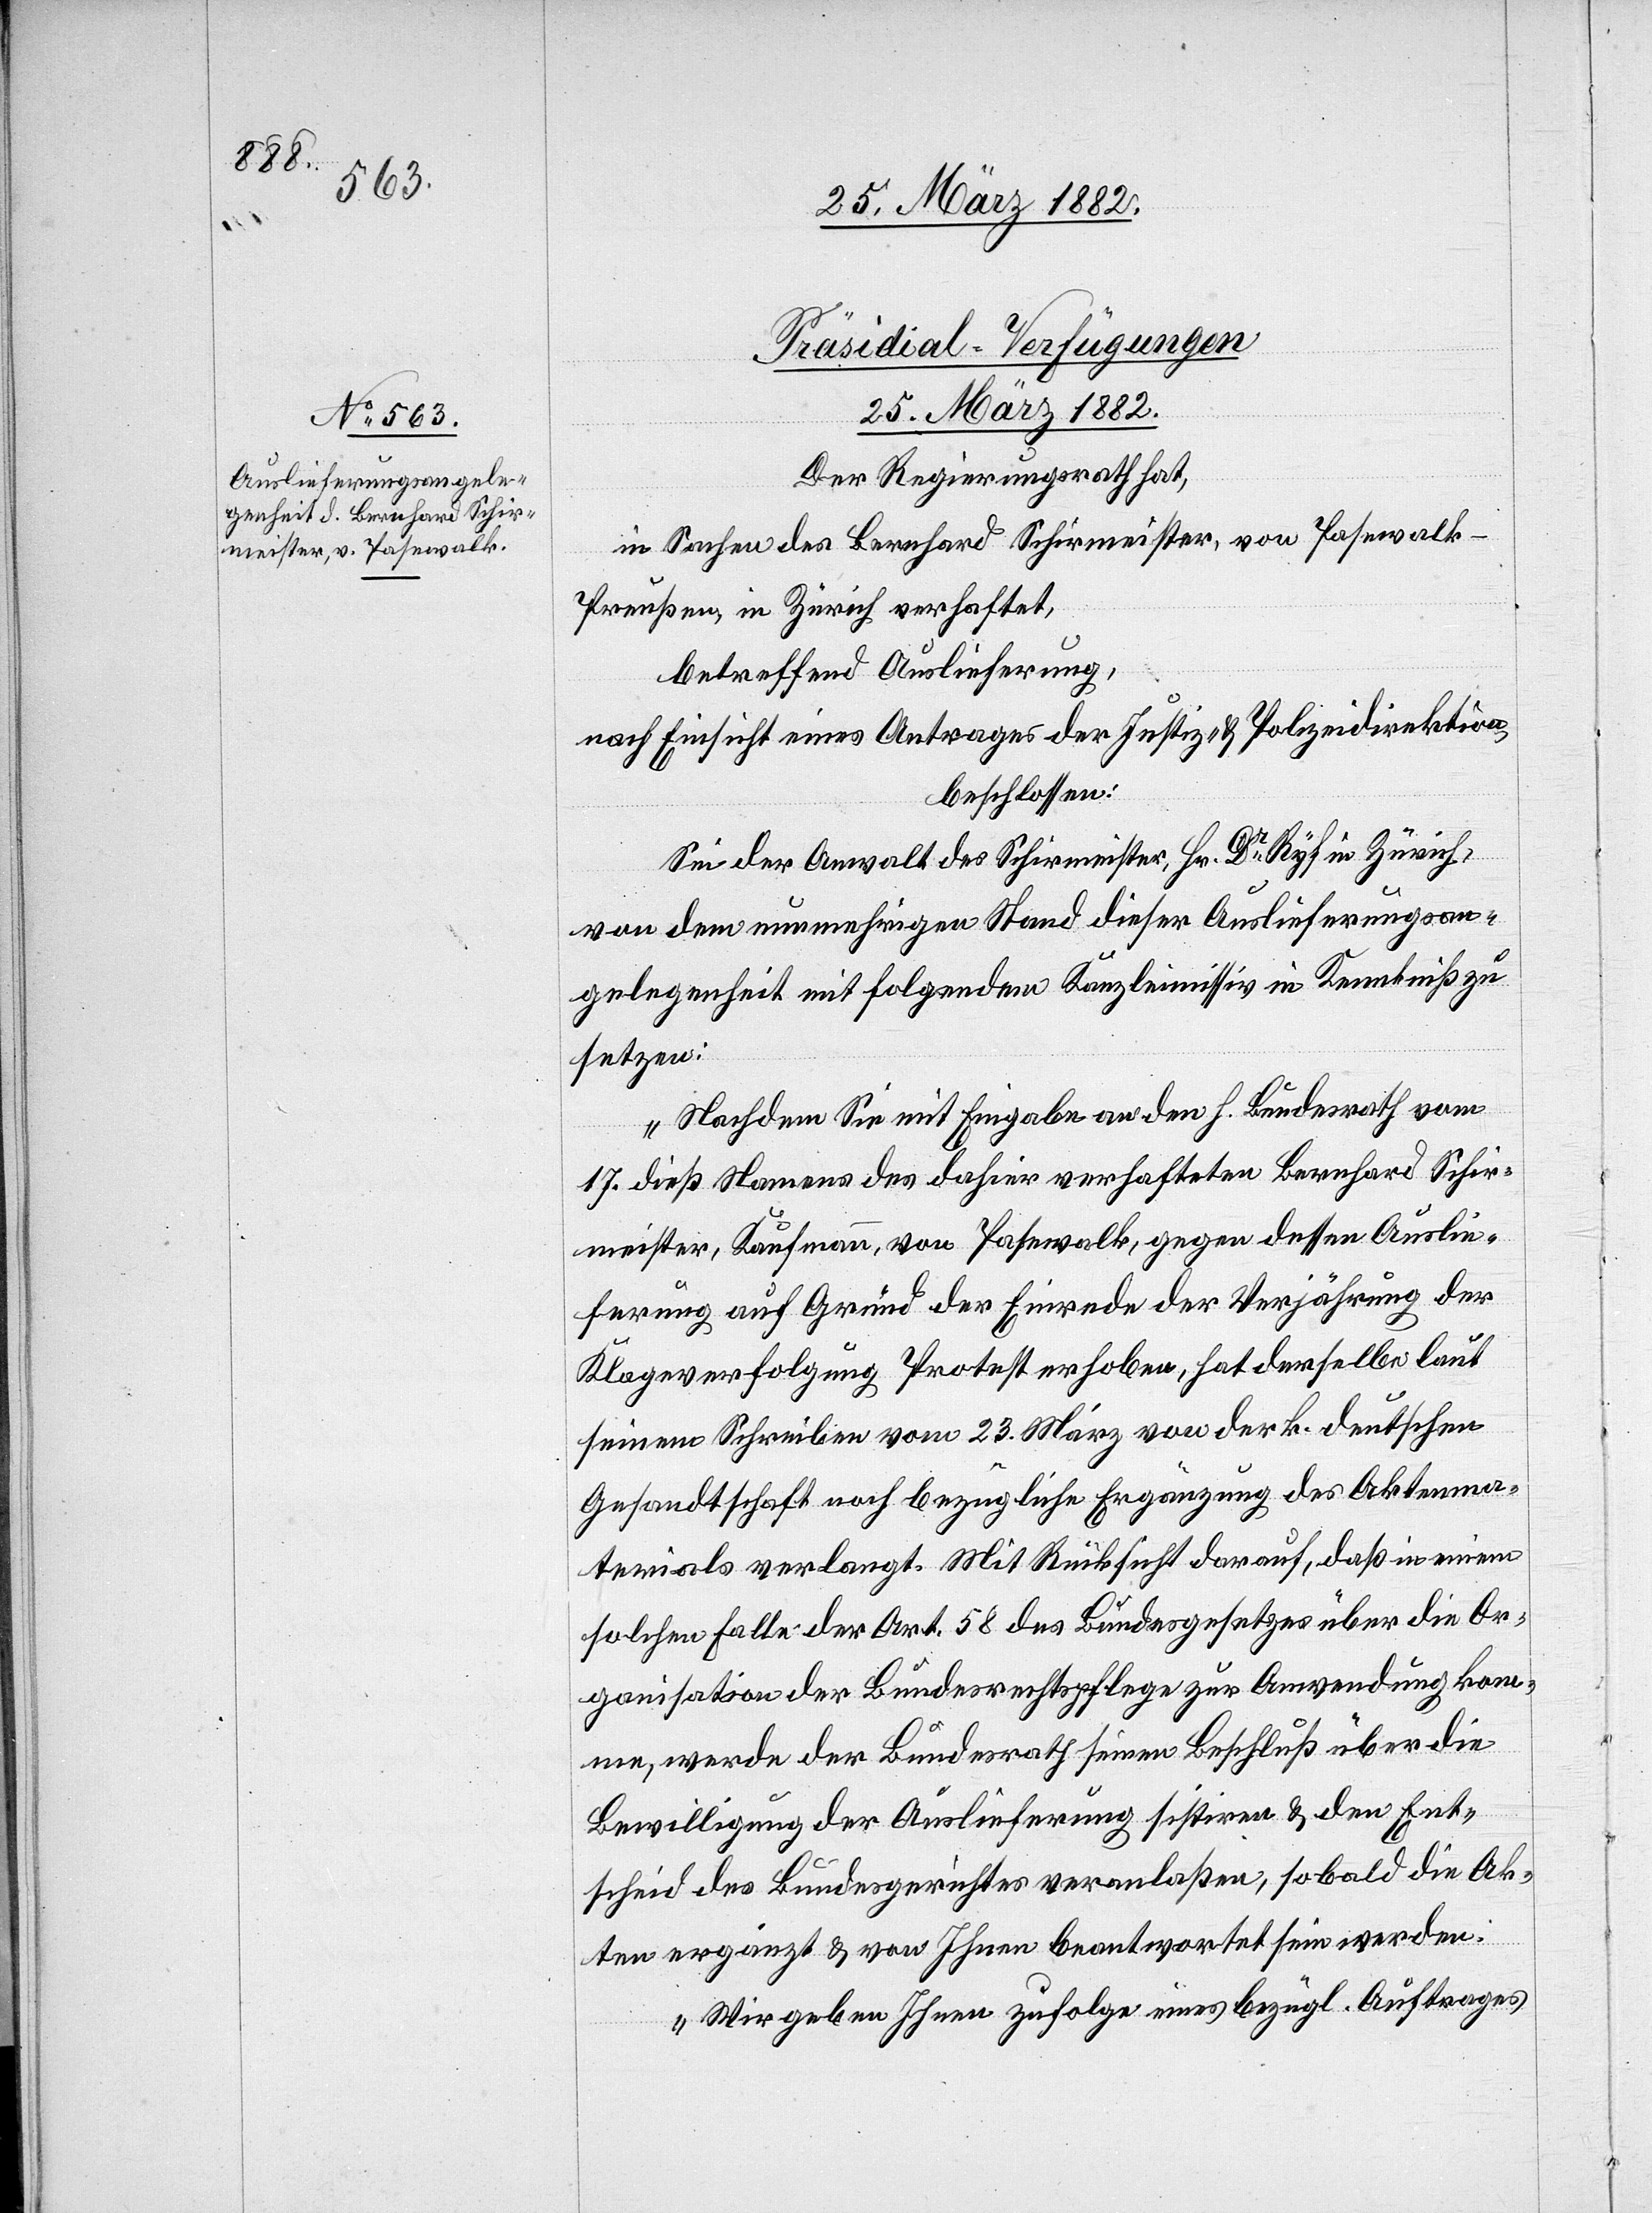
Präsidial-Verfügungen
25. März 1882.
Der Regierungsrath hat,
in Sachen des Bernhard Schirmeister, von Pasewalk
Preußen, in Zürich, verhaftet,
betreffend Auslieferung,
nach Einsicht eines Antrages der Justiz- & Polizeidirektion,
beschlossen:
Sei der Anwalt des Schirmeister, Hr. Dr Ryf in Zürich,
von dem nunmehrigen Stand dieser Auslieferungsan¬
gelegenheit mit folgendem Kanzleimissiv in Kenntniß zu
setzen:
„Nachdem Sie mit Eingabe an den h. Bundesrath vom
17. dieß. Namens des dahier verhafteten Bernhard Schir¬
meister, Kaufmann, von Pasewalk, gegen dessen Auslie¬
ferung auf Grund der Einrede der Verjährung der
Klageverfolgung Protest erhoben, hat derselbe laut
seinem Schreiben vom 23. März von der k. deutschen
Gesandtschaft noch bezügliche Ergänzungen des Aktenma¬
terials verlangt. Mit Rücksicht darauf, daß in einem
solchen Falle der Art. 58 des Bundesgesetzes über die Or¬
ganisation der Bundesrechtspflege zur Anwendung kom¬
me, werde der Bundesrath seinen Beschluß über die
Bewilligung der Auslieferung sistieren & den Ent¬
scheid des Bundesgerichtes veranlaßen, sobald die Ak¬
ten ergänzt & von Ihnen beantwortet sein werden.
Wir geben Ihnen zufolge eines bezügl. Auftrages